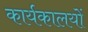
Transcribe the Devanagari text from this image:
कार्यकालयों